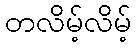
တလိမ့်လိမ့်